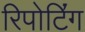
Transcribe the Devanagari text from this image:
रिपोटि॔ंग